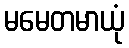
မမေတမာယုံ